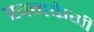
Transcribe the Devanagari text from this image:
खनकेगी